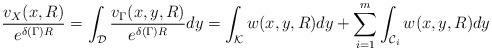
LaTeX: \begin{align*}\frac{v_X (x,R)}{e^{\delta(\Gamma)R }}= \int_{{\cal D}} \frac{v_\Gamma (x,y,R)}{e^{\delta(\Gamma)R}}dy = \int_{{\cal K}} w(x,y,R) dy + \sum_{i=1}^m \int_{{\cal C}_i} w(x,y, R)dy\end{align*}